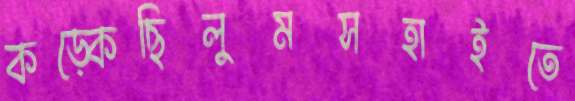
কড়্‌কেছিলুমসহাইতে